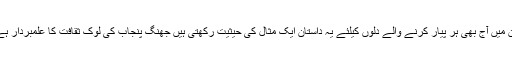
جن میں آج بھی ہر پیار کرنے والے دلوں کیلئے یہ داستان ایک مثال کی حیثیت رکھتی ہیں جھنگ پنجاب کی لوک ثقافت کا علمبردار ہے ۔